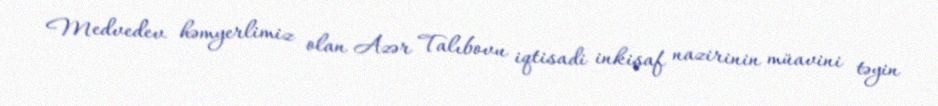
Medvedev həmyerlimiz olan Azər Talıbovu iqtisadi inkişaf nazirinin müavini təyin